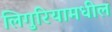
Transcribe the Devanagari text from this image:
लिगुरियामधील